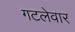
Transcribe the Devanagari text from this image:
गटलेवार